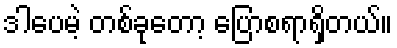
ဒါပေမဲ့ တစ်ခုတော့ ပြောစရာရှိတယ်။